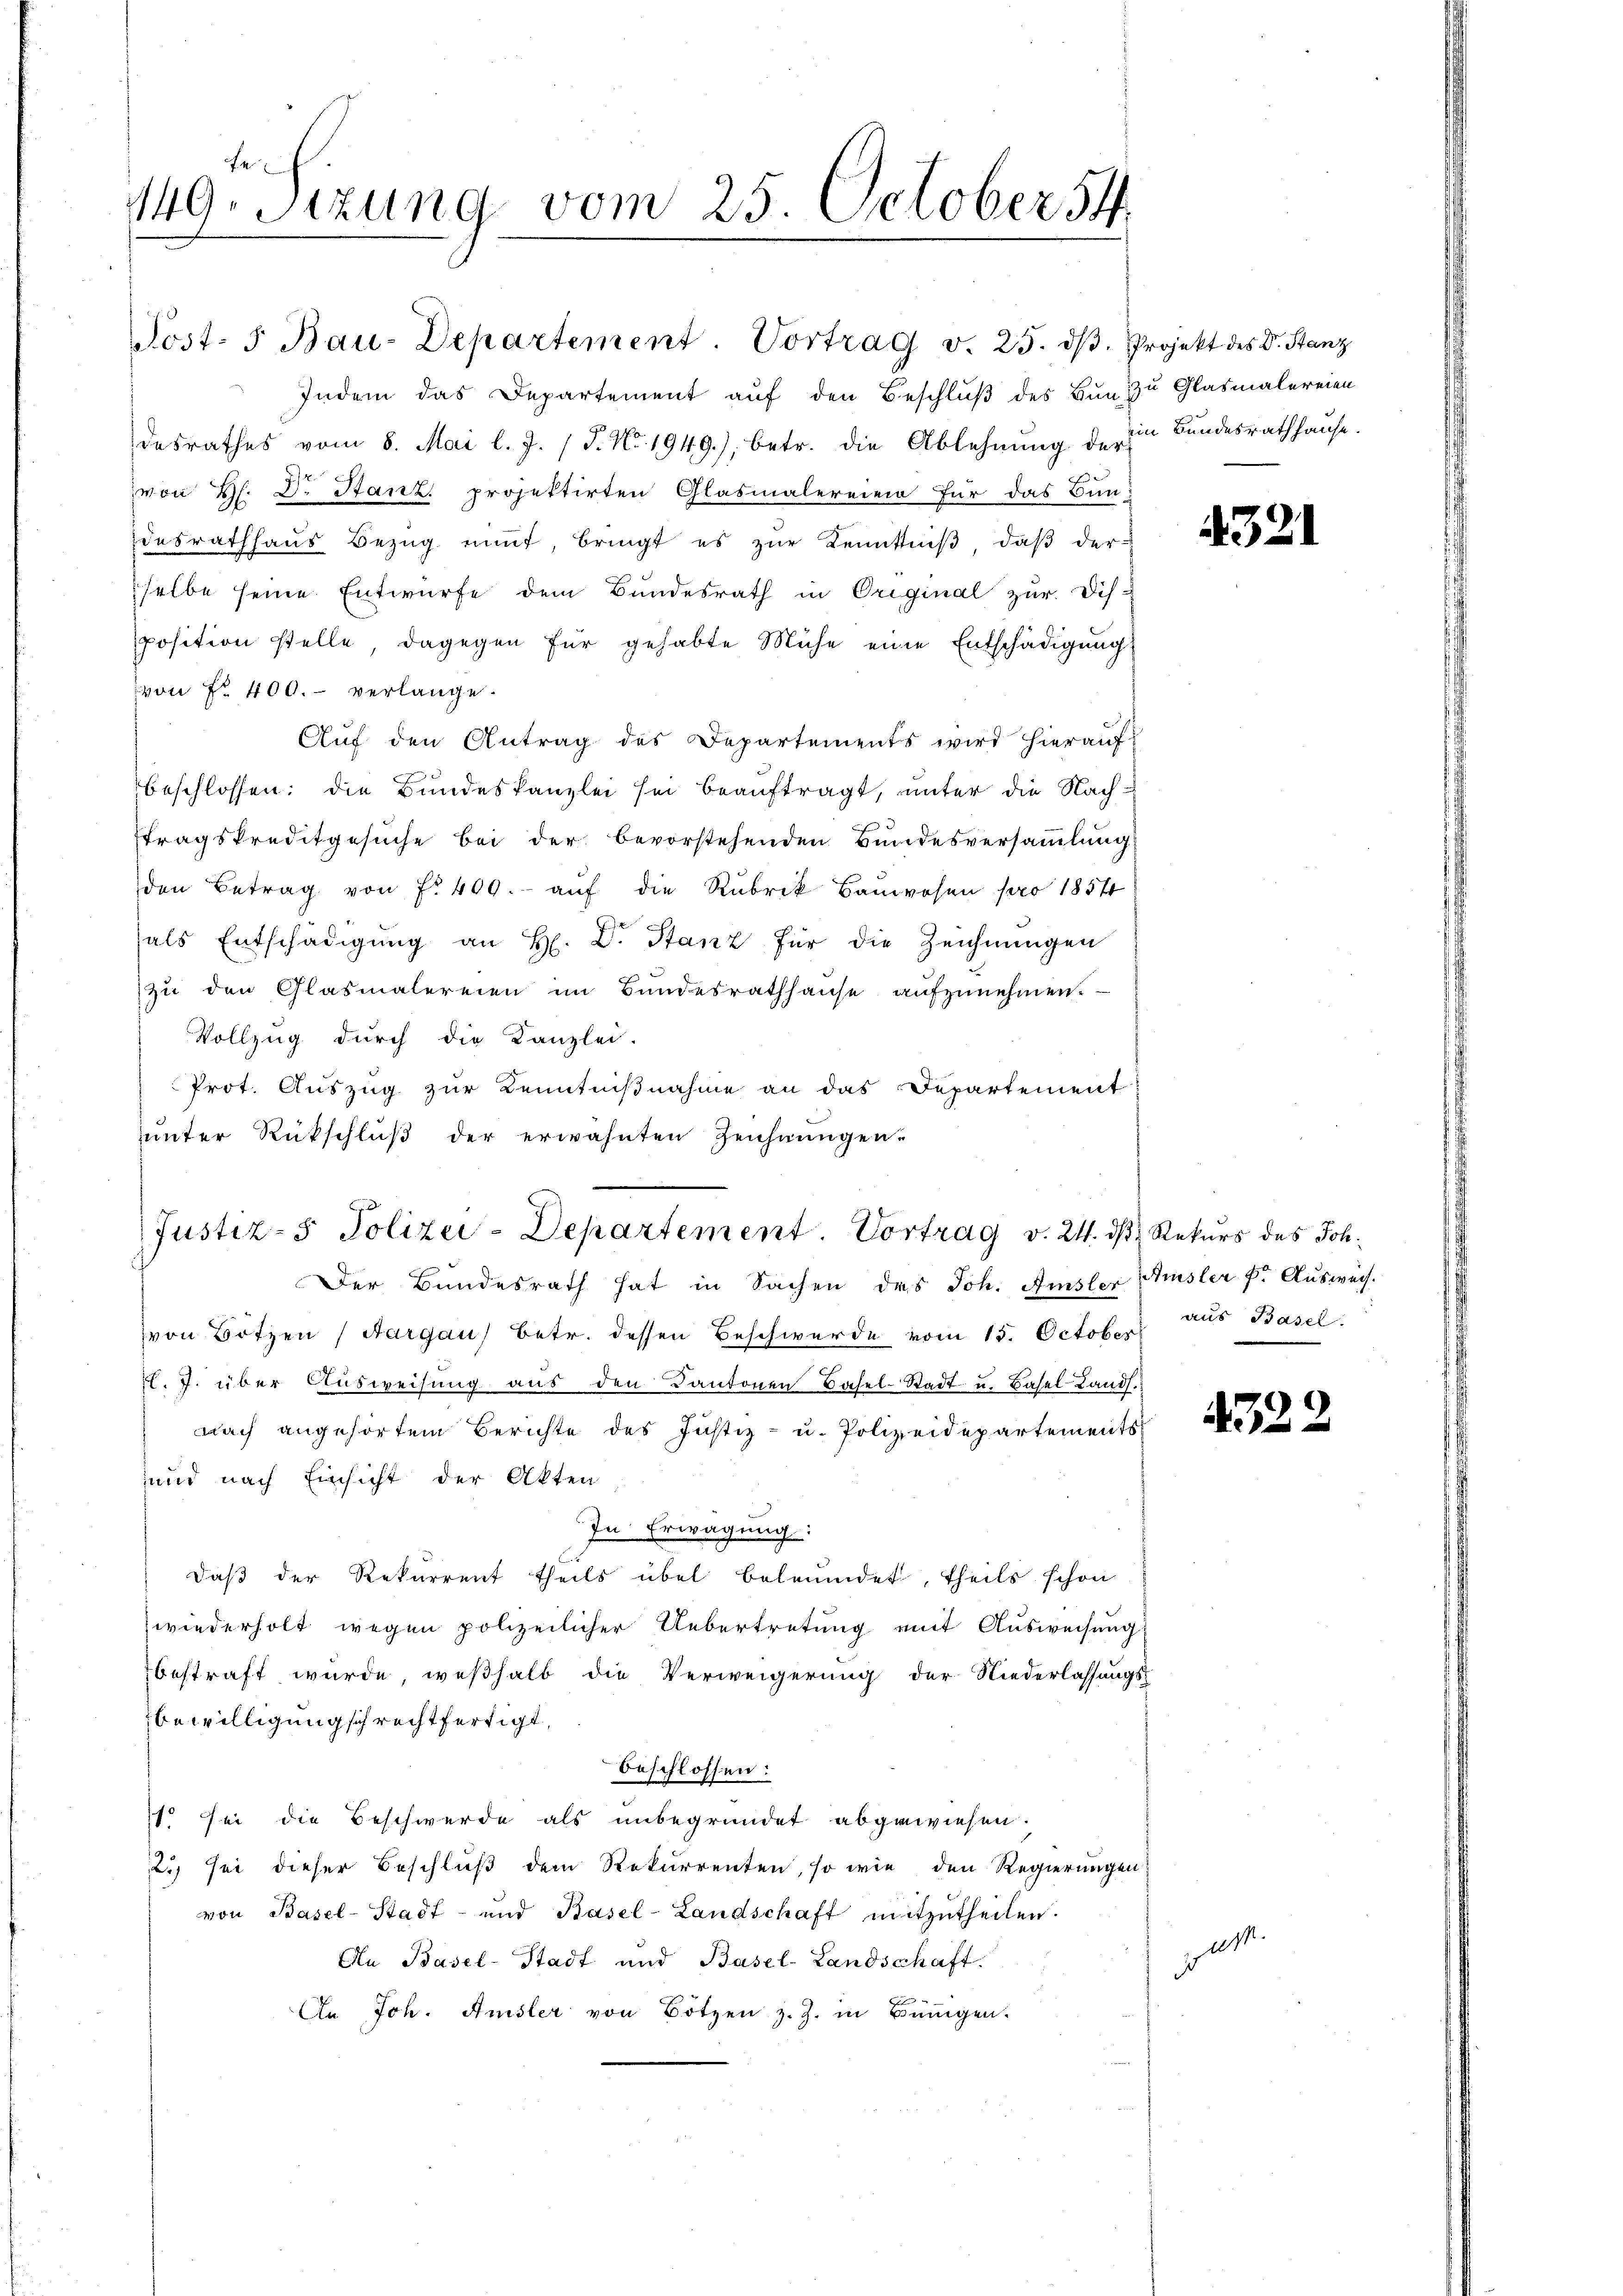
fe
149. Sizung vom 25. October 54.

Indem das Departement auf den Beschluß des Bund zu Glasmalereien
desrathes vom 8. Mai l. J. / P. Nr. 1949), betr. die Ablehnung der in Bundesrathhause.
von H. D. Stanz, projektirten Glasmalereien für das Bun
desrathhaŭs Bezŭg mit, bringt es zŭr Kenntniβ, daβ der
selbe seine Entwurfe dem Bundesrath in Original zur Dis-
position stelle dagegen für gehabte Mühe eine Entschädigung
von Fr. 400.- verlange.
Auf den Antrag des Departements wird hierauf
beschlossen; die Bundeskanzlei sei beauftragt, unter die Nach-
tragskreditgesŭche bei der bevorstehenden Bŭndesversaṁlŭng
den Betrag von fr. 400. aŭf die Rubrik Baŭwesen pro 1854
sals Entschädigung an H. D. Stanz für die Zeichnungen
zu den Glasmalereien im Bundesrathhause aufzunehmen.
Vollzug durch die Kanzlei-
Prot. Auszug zur Kenntnißnahme an das Departement
unter Rückschluß der erwähnten Zeichnungen.
Justiz- & Polizei-Departement. Vortrag v. 24. ds Rekurs des Joh.
Der Bundesrath hat in Sachen des Joh. Amsler Ausler k. Ausweis.
von Botzen (Aargau) Betr. dessen Beschwerde vom 15. October
. J. über Aŭsweisŭng aŭs den Kantonen Basel-Stadt u. Basel-Lands.
nach angehörtem Berichte des Justiz- u. Polizeidepartements
und nach Einsicht der Akten
In Erwägung:
daβ der Rekurrent theils übel beleumdet, theils schon
wiederholt wegen polizeilicher Uebertretung mit Ausweisung
bestraft wurde, weßhalb die Verweigerung der Niederlassungs-
bewilligung schrechtfertigt,
beschlossen:
1 sei die Beschwerde als unbegründet abgewiesen.
2.) sei dieser Beschluß dem Rekurrenten, so wie den Regierungen
von Basel-Stadt- und Basel-Landschaft mitzŭtheilen.
An Basel-Stadt und Basel-Landschaft.
An Joh. Amsler von Botzen z. Z. in Bingen.

Post- 5. Bau-Departement. Vortrag v. 25. dβ. Projekt des Dr. Stanz

aus Basel.

e

4321

1322